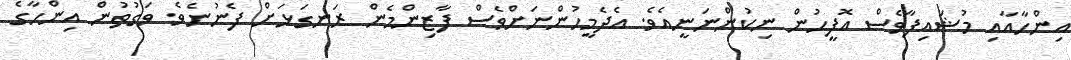
އިންހާއާއި މުޝައިފާވެސް އޮފީހުން ނިކުންނަނީއެވެ. އެދެމީހުންނަށްވެސް ފާޒިންމެން ރަނގަޅަށް ފެނުނެވެ. ވަގުތުން އިންހާގެ